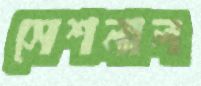
সেশনাল